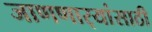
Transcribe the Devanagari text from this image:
जाणणार्‍यांसाठी